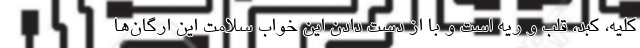
کلیه، کبد، قلب و ریه است و با از دست دادن این خواب سلامت این ارگان‌ها